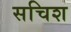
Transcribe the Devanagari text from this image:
सचिश